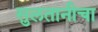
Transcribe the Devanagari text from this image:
सुलतानीचा